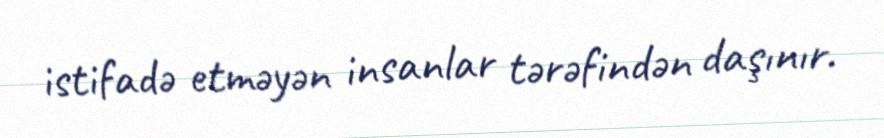
istifadə etməyən insanlar tərəfindən daşınır.